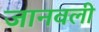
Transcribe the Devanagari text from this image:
जानवली